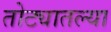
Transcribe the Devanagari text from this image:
तोट्यातल्या